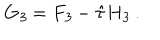
G _ { \it 3 } = F _ { \it 3 } - \hat { \tau } H _ { \it 3 } \ .